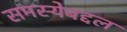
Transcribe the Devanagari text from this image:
समस्येबद्दल